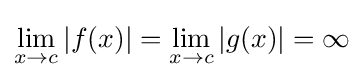
\lim _{x\to c}|f(x)|=\lim _{x\to c}|g(x)|=\infty